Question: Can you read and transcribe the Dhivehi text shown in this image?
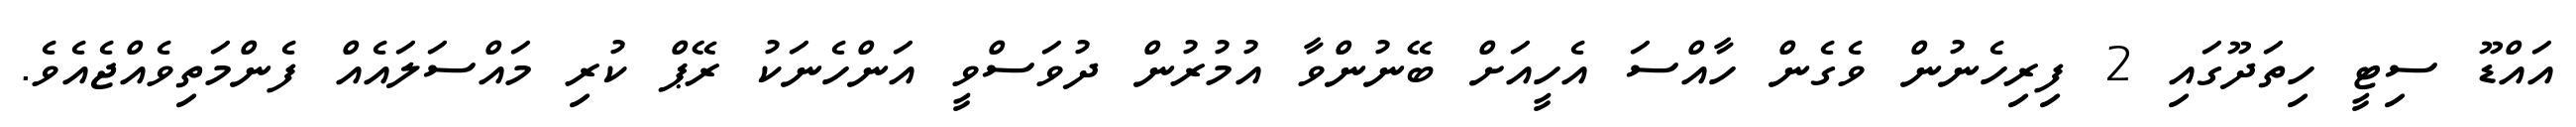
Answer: އައްޑޫ ސިޓީ ހިތަދޫގައި 2 ފިރިހެނުން ވެގެން ހާއްސަ އެހީއަށް ބޭނުންވާ އުމުރުން ދުވަސްވީ އަންހެނަކު ރޭޕް ކުރި މައްސަލައެއް ފެންމަތިވެއްޖެއެވެ.